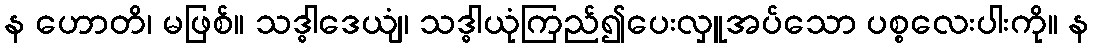
န ဟောတိ၊ မဖြစ်။ သဒ္ဓါဒေယျံ၊ သဒ္ဓါယုံကြည်၍ပေးလှူအပ်သော ပစ္စလေးပါးကို။ န